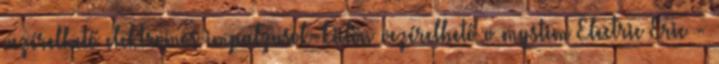
vezérelhető elektromos impulzusok-külön vezérelhető v mystim Electric Eric -